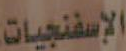
الإسفنجيات